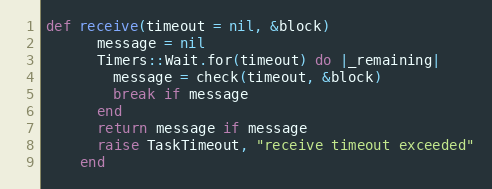
Language: Ruby
def receive(timeout = nil, &block)
      message = nil
      Timers::Wait.for(timeout) do |_remaining|
        message = check(timeout, &block)
        break if message
      end
      return message if message
      raise TaskTimeout, "receive timeout exceeded"
    end